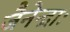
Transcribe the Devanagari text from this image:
जैनेन्द्राः